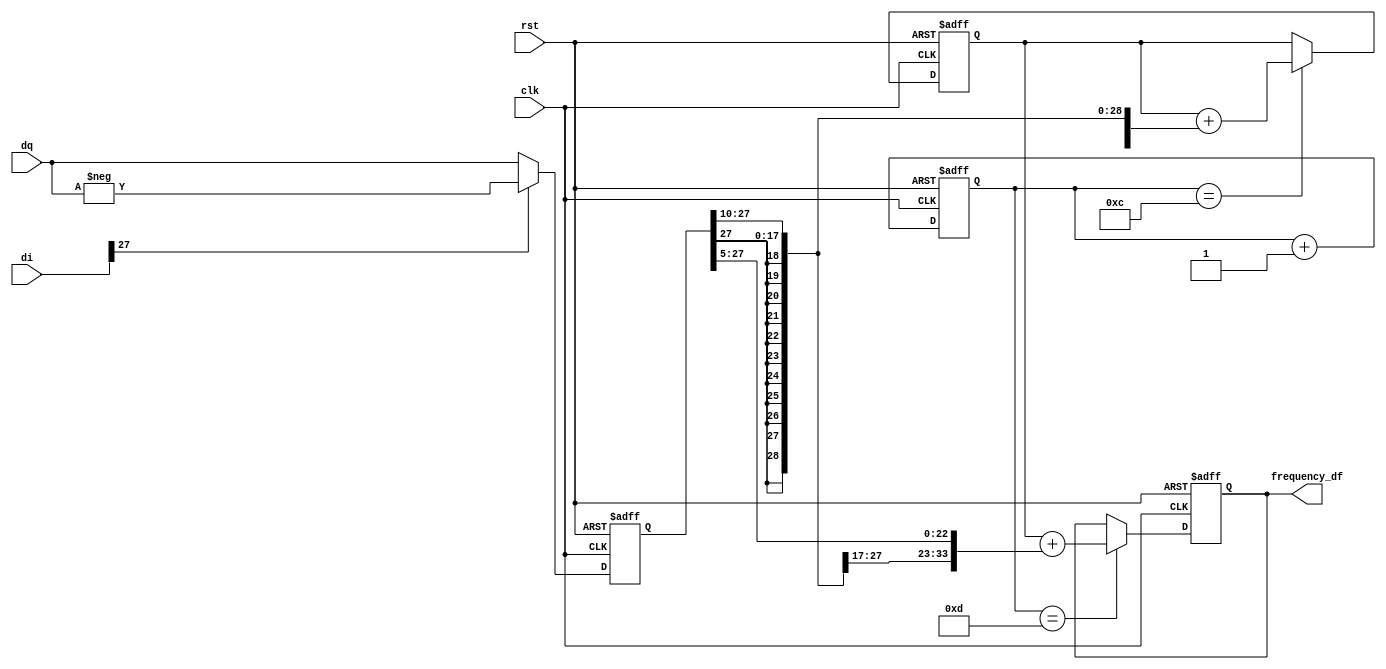
//PD_LoopFilter.v
module PD_LoopFilter (
	rst,clk,di,dq,
	frequency_df); 
	
	input		rst;   //
	input		clk;   //FPGA32MHz
	input	 signed [27:0]	di,dq;         //32MHz
	output signed [33:0]	frequency_df;  //
	
	
   reg [3:0] count;
	reg signed [27:0] PD;
	reg signed [33:0] sum,loopout;
	always @(posedge clk or posedge rst)
		if (rst)
		   begin
				PD <= 0;
				count <=0;
				sum <= 0;
				loopout <= 0;
			end
		else
			//16CLK
			begin
				count <= count + 1;
				//
				if (di[27]==1'b0)
					PD <= dq;
				else
				   PD <= -dq;
				//
				if (count==4'b1100)
				   //c1=2^(-10)
			      sum<=sum+{{16{PD[27]}},PD[27:10]};
 			   if (count==4'b1101)
				   //c2=2^(-5)
				   loopout<=sum+{{11{PD[27]}},PD[27:5]};
			  end
			  
     assign frequency_df = loopout;
     //assign frequency_df = 0;
endmodule